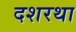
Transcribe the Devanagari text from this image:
दशरथा